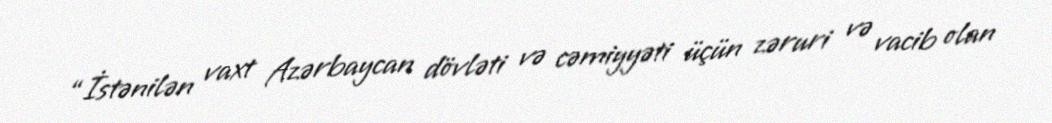
“İstənilən vaxt Azərbaycan dövləti və cəmiyyəti üçün zəruri və vacib olan